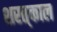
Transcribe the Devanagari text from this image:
शरत्‌काल